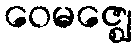
ဝေမဇ္ဈေ